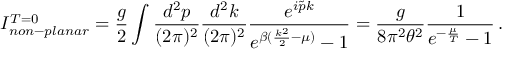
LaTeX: I _ { n o n - p l a n a r } ^ { T = 0 } = \frac { g } { 2 } \int \frac { d ^ { 2 } p } { ( 2 \pi ) ^ { 2 } } \frac { d ^ { 2 } k } { ( 2 \pi ) ^ { 2 } } \frac { e ^ { i \tilde { p } k } } { e ^ { \beta ( \frac { k ^ { 2 } } { 2 } - \mu ) } - 1 } = \frac { g } { 8 \pi ^ { 2 } \theta ^ { 2 } } \frac { 1 } { e ^ { - \frac { \mu } { T } } - 1 } \, .